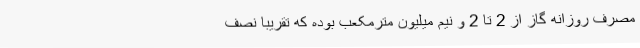
مصرف روزانه گاز از 2 تا 2 و نیم میلیون مترمکعب بوده که تقریبا نصف